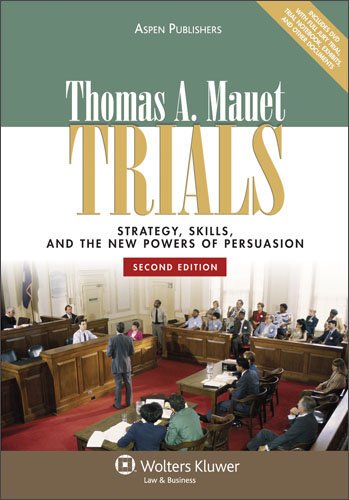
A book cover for Trials: Strategy, Skills, & New Powers of Persuasion 2e; Thomas A. Mauet; Law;